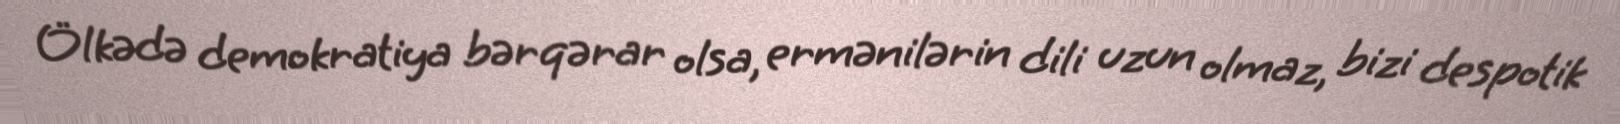
Ölkədə demokratiya bərqərar olsa, ermənilərin dili uzun olmaz, bizi despotik